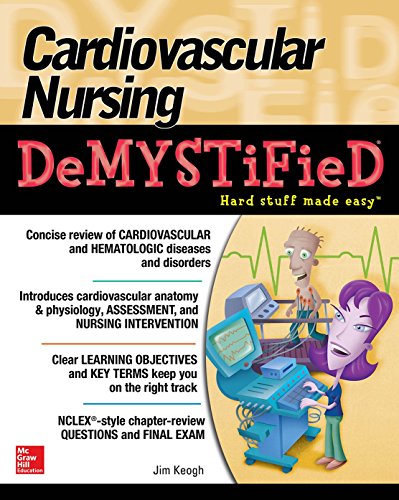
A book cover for Cardiovascular Nursing Demystified (Demystified Nursing); Jim Keogh; Medical Books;